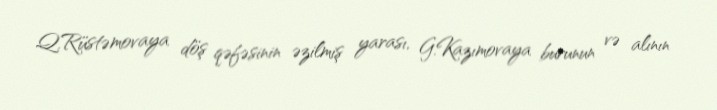
Q.Rüstəmovaya döş qəfəsinin əzilmiş yarası, G.Kazımovaya burunun və alının